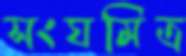
সংঘমিত্র